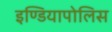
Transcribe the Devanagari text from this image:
इण्डियापोलिस